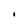
Character: i